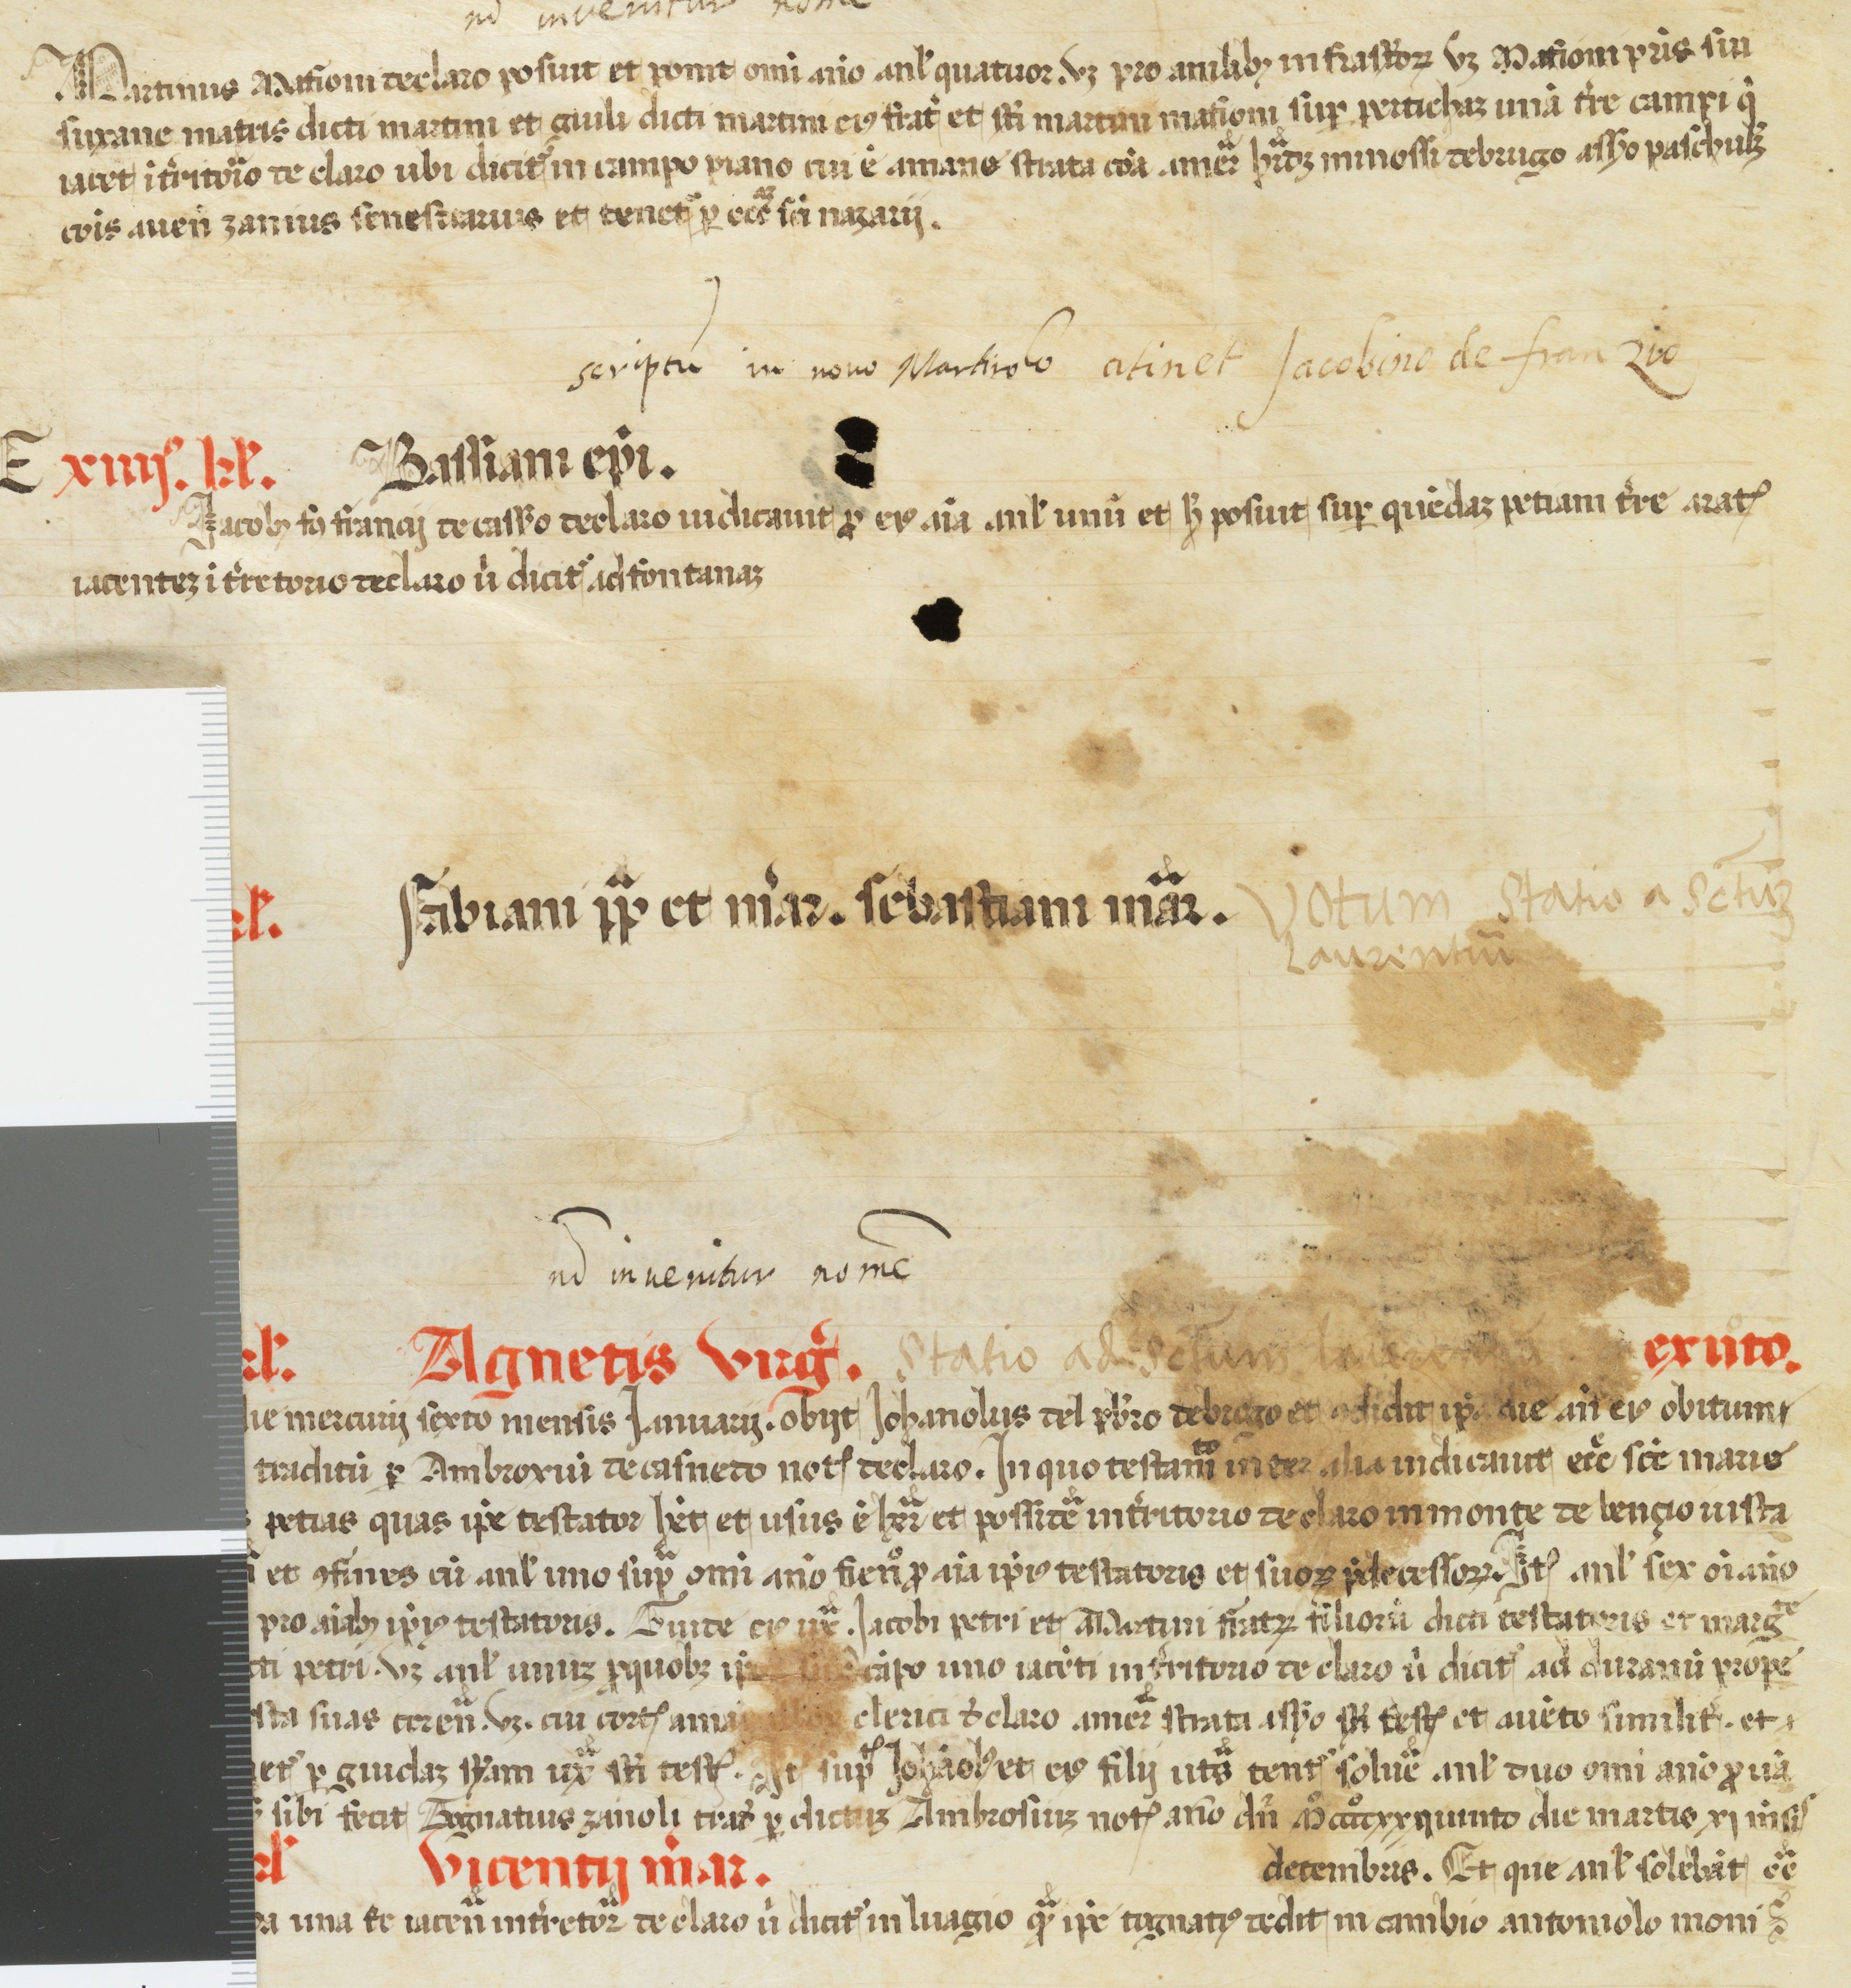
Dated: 1450–1499